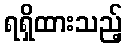
ရရှိထားသည့်